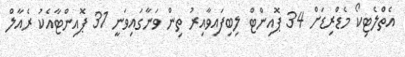
އެތްލެޓިކޯ މެޑްރިޑަށް 34 ޕޮއިންޓް ލިބިފައިވާއިރު ތިން ވަނާގައިވަނީ 31 ޕޮއިންޓާއެކު ރެއާލް